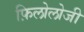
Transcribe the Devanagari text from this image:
फ़िलोलोजी